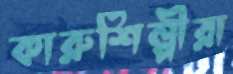
কারুশিল্পীরা